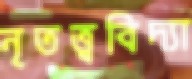
নৃতত্ত্ববিদ্যা